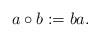
LaTeX: \begin{align*}a\circ b:=ba.\end{align*}